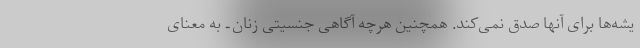
یشه‌ها برای آنها صدق نمی‌کند. همچنین هرچه آگاهی جنسیتی زنان ـ به معنای